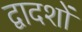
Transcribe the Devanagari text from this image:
द्वादशों